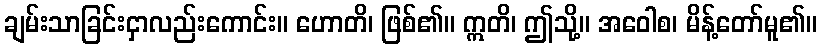
ချမ်းသာခြင်းငှာလည်းကောင်း။ ဟောတိ၊ ဖြစ်၏။ ဣတိ၊ ဤသို့။ အဝေါစ၊ မိန့်တော်မူ၏။